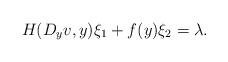
LaTeX: \begin{align*}H(D_y v, y)\xi_1 + f(y) \xi_2 = \lambda. \end{align*}